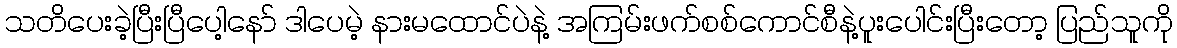
သတိပေးခဲ့ပြီးပြီပေါ့နော် ဒါပေမဲ့ နားမထောင်ပဲနဲ့ အကြမ်းဖက်စစ်ကောင်စီနဲ့ပူးပေါင်းပြီးတော့ ပြည်သူကို